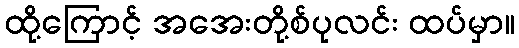
ထို့ကြောင့် အအေးတို့စ်ပုလင်း ထပ်မှာ။